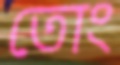
তোং